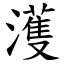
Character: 濩